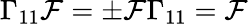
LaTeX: \Gamma_{11}\mathcal{F}=\pm\mathcal{F}\Gamma_{11}=\mathcal{F}